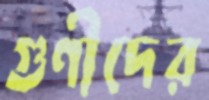
গুণীদের